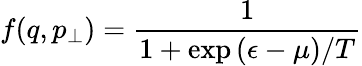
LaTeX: f(q,p_{\bot})=\frac{1}{1+\exp{(\epsilon-\mu)/T}}